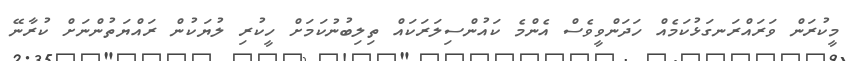
މީކުރަން ވަރައްރަނގަޅުކަމެއް ހަދަންވީވެސް އެންމެ ކައުންސިލަރަކައް ތިލިބުނުކަމަށް ހީކުރި ލުޔަކުން ރައްޔަތުންނަށް ކުރާނޭ